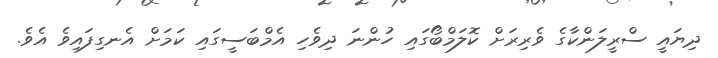
ދިޔައީ ސްރީލަންކާގެ ވެރިރަށް ކޮލަމްބޯގައި ހުންނަ ދިވެހި އެމްބަސީގައި ކަމަށް އެނގިފައިވެ އެވެ.